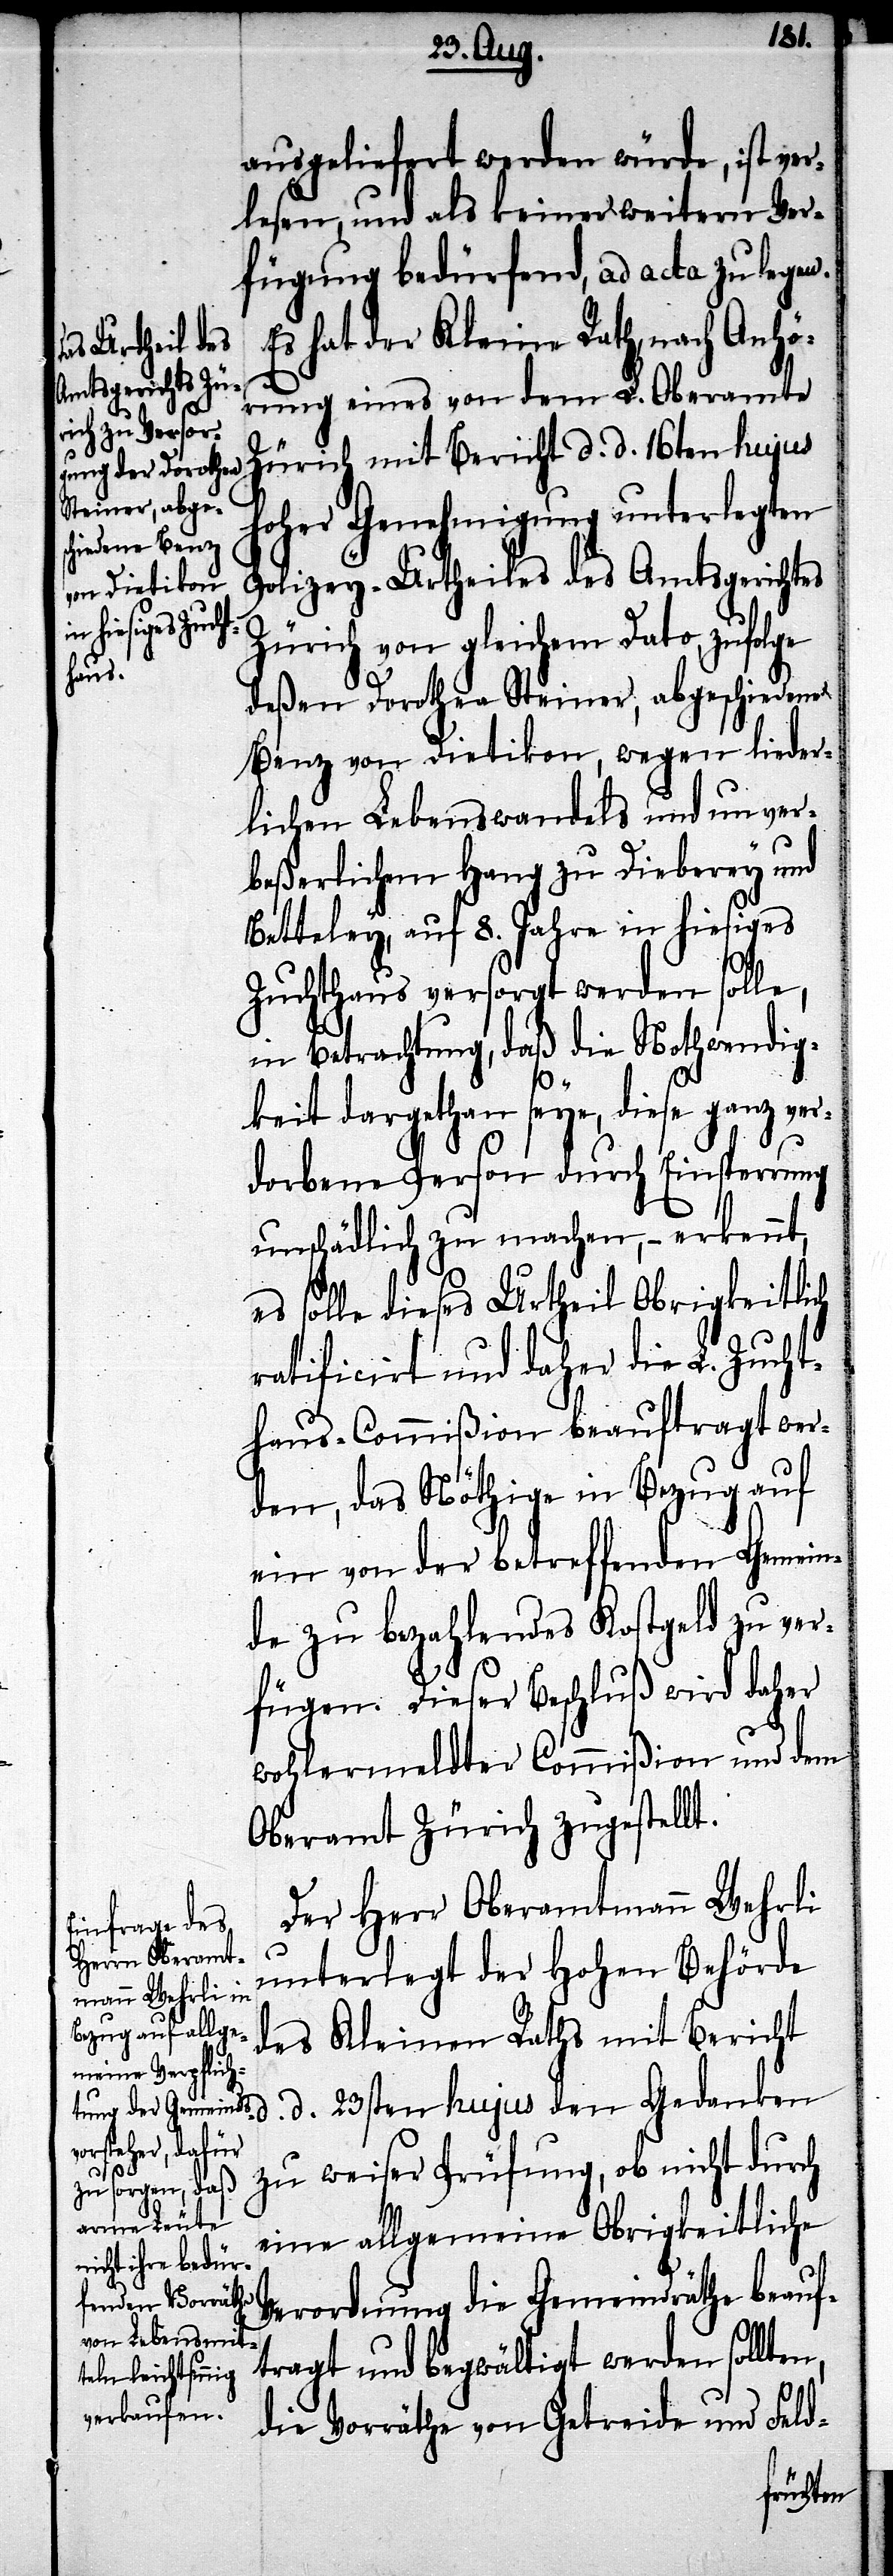
ausgeliefert werden würde, ist ver¬
lesen, und als keiner weitern Ver¬
fügung bedürfend, ad acta zu legen.
Es hat der Kleine Rath, nach Anhö¬
d.
rung eines von dem L. Oberamte
Zürich mit Bericht d. d. 16ten hujus
hoher Genehmigung unterlegten
Polizey-Urtheiles des Amtsgerichtes
Zürich von gleichem Dato, zufolge
deßen Dorothea Steiner, abgeschiedene
Benz von Dietikon, wegen lieder¬
lichen Lebenswandels und unver¬
beßerlichem Hang zu Dieberey und
Betteley, auf 8. Jahre in hiesiges
Zuchthaus versorgt werden solle,
in Betrachtung, daß die Nothwendig¬
keit dargethan seye, diese ganz ver¬
dorbene Person durch Einsperrung
unschädlich zu machen, – erkennt,
es solle dieses Urtheil Obrigkeitlich
ratificirt und daher die L. Zucht¬
haus-Commißion beauftragt wer¬
den, das Nöthige in Bezug auf
ein von der betreffenden Gemein¬
de zu bezahlendes Kostgeld zu ver¬
fügen. Dieser Beschluß wird daher
wohlermeldter Commißion und dem
Oberamt Zürich zugestellt.
Der Herr Oberamtmann Wehrli
unterlegt der Hohen Behörde
des Kleinen Raths mit Bericht
d. 23sten hujus den Gedanken
zu weiser Prüfung, ob nicht durch
eine allgemeine Obrigkeitliche
Verordnung die Gemeindräthe beauf¬
tragt und begwältigt werden sollten,
die Vorräthe von Getreide und Feld-